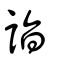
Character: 詣